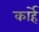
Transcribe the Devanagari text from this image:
कार्हे